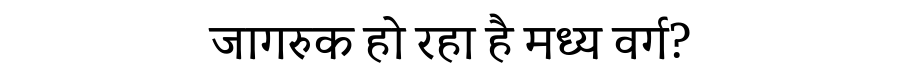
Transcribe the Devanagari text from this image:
जागरुक हो रहा है मध्य वर्ग?